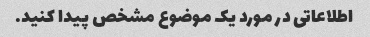
اطلاعاتی در مورد یک موضوع مشخص پیدا کنید.